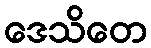
ဒေသိတေ